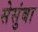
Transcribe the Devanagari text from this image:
सेसुंबा